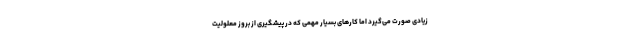
زیادی صورت می‌گیرد اما کارهای بسیار مهمی که در پیشگیری از بروز معلولیت